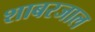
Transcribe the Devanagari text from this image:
शाबरजाल